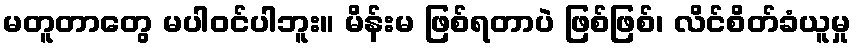
မတူတာတွေ မပါဝင်ပါဘူး။ မိန်းမ ဖြစ်ရတာပဲ ဖြစ်ဖြစ်၊ လိင်စိတ်ခံယူမှု